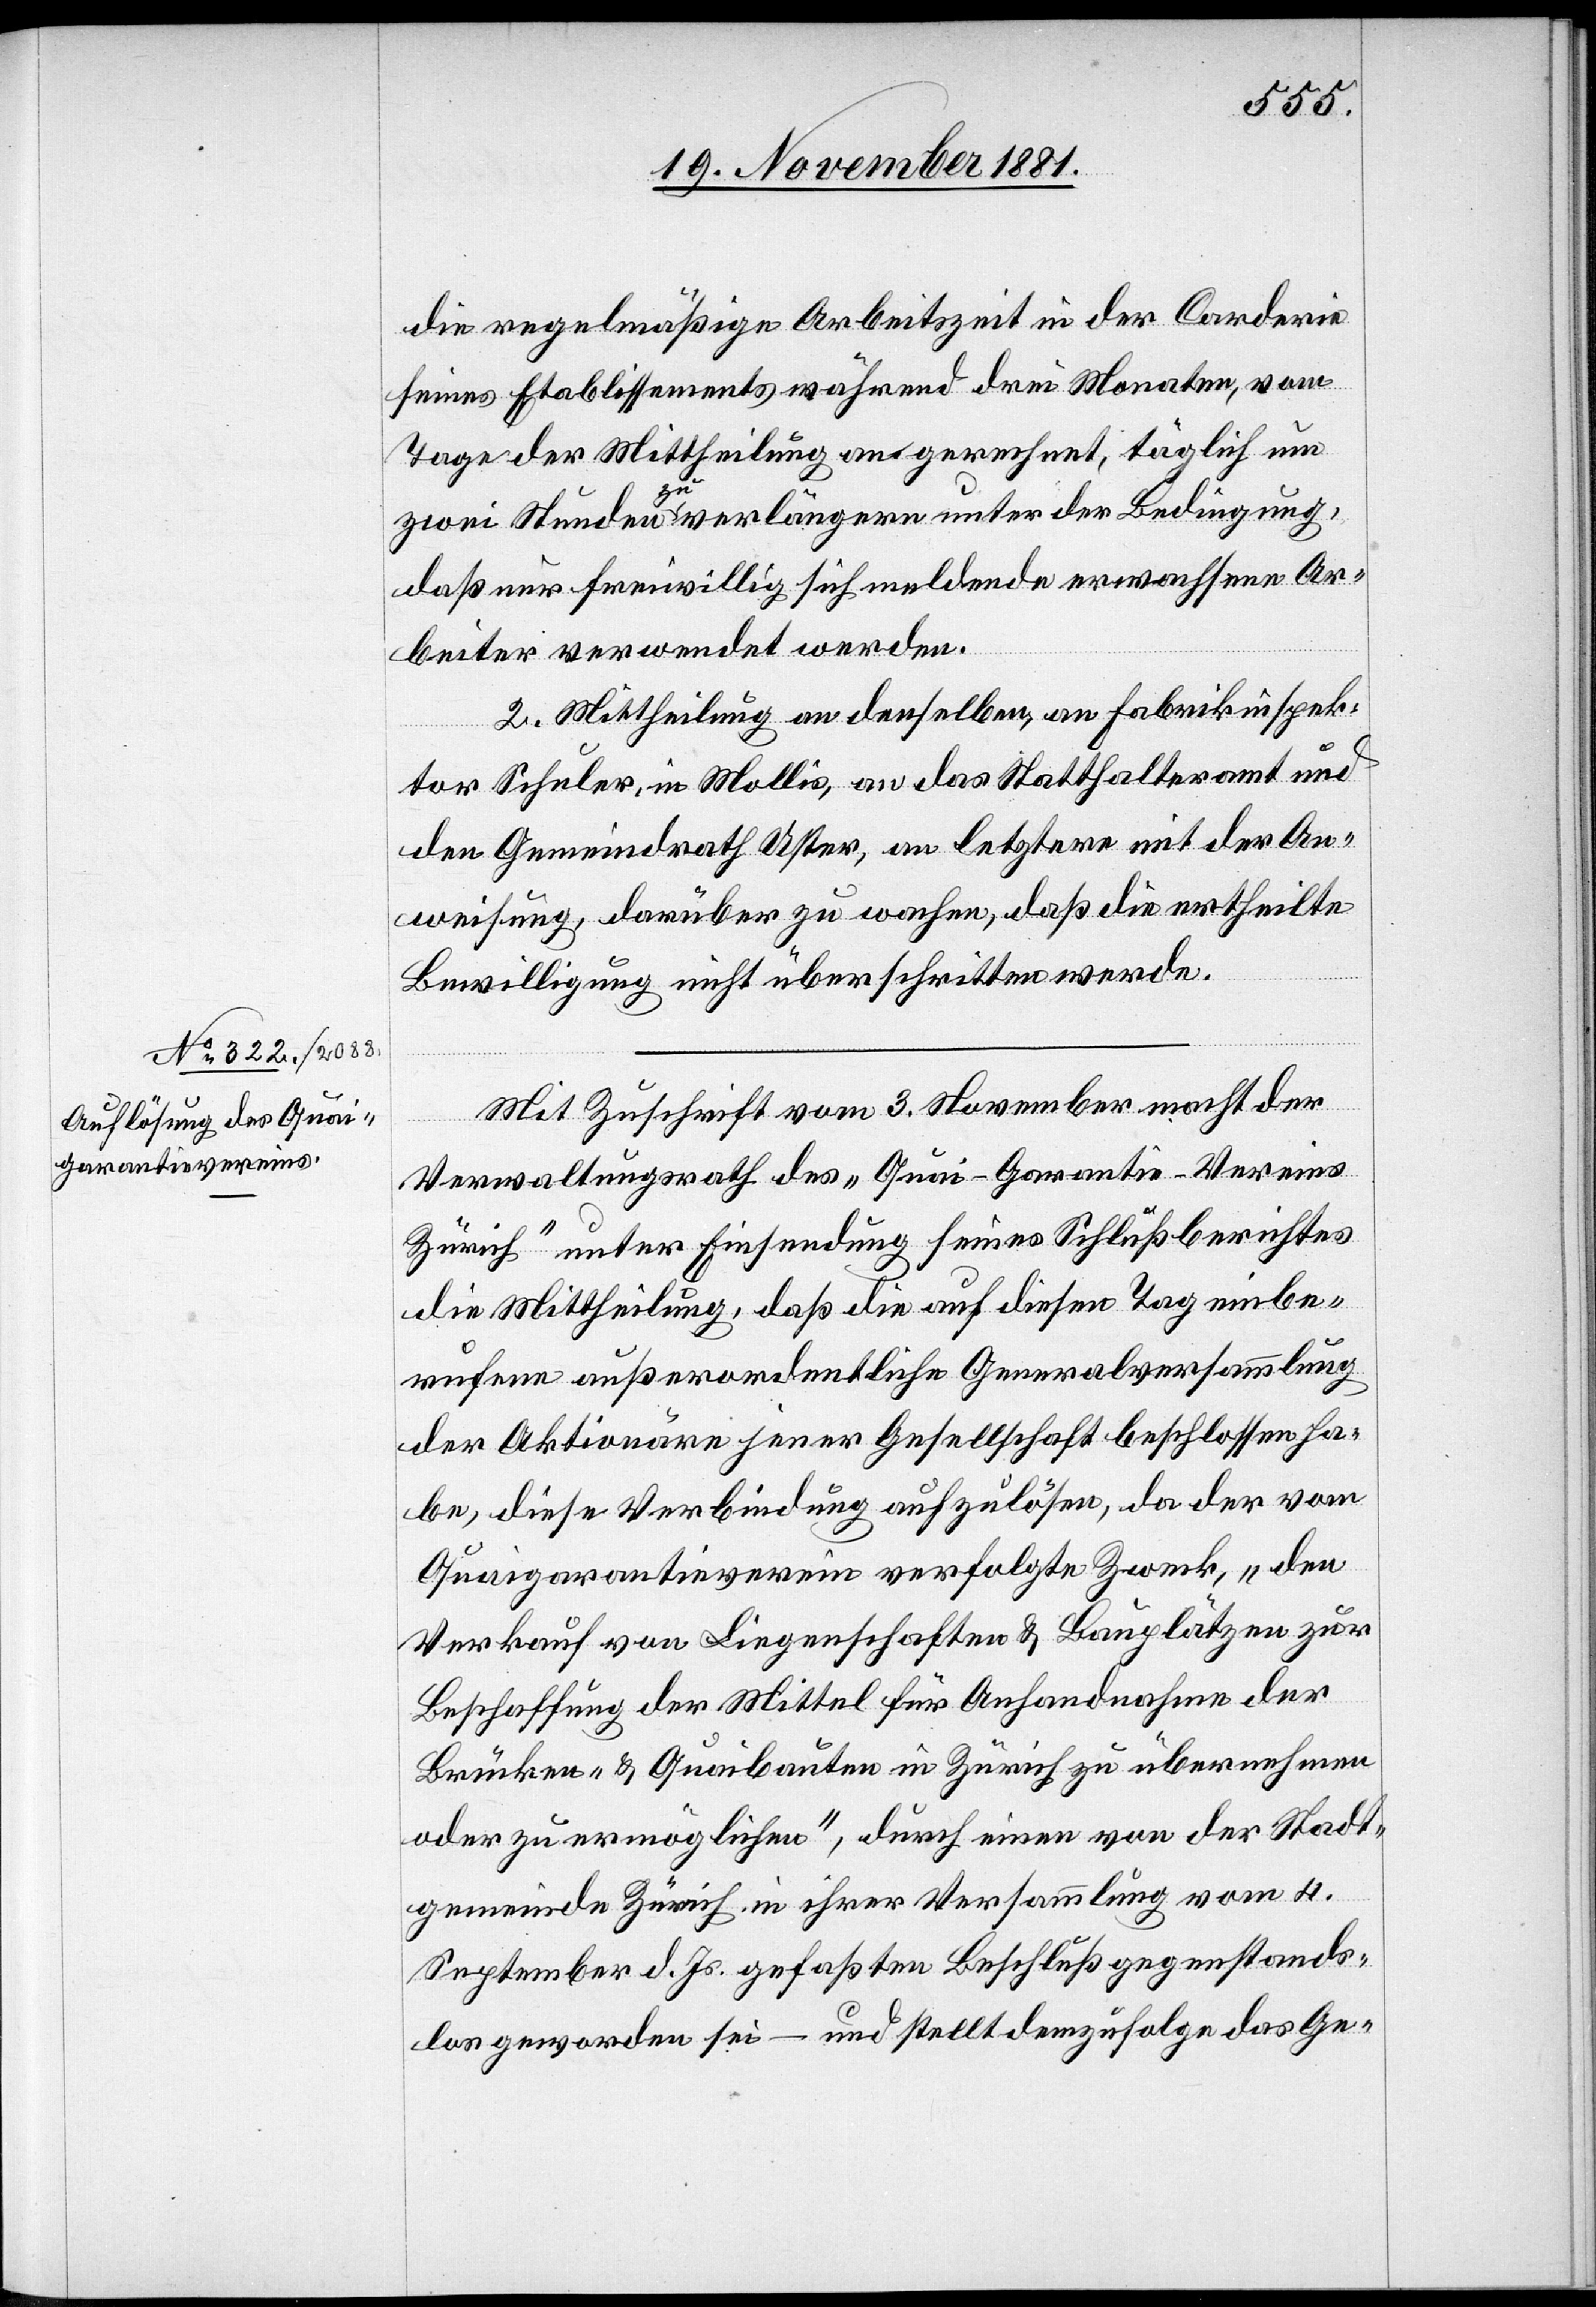
die regelmäßige Arbeitszeit in der Corderie
seines Etablissements während drei Monaten, vom
Tage der Mittheilung an gerechnet, täglich um
zwei Stunden zu verlängern unter der Bedingung,
daß nur freiwillig sich meldende erwachsene Ar¬
beiter verwendet werden.
2. Mittheilung an denselben, an Fabrikinspek¬
tor Schuler, in Mollis, an das Statthalteramt und
den Gemeindrath Uster, an letztere mit der An¬
weisung, darüber zu wachen, daß die ertheilte
Bewilligung nicht überschritten werde.
Mit Zuschrift vom 3. November macht der
Verwaltungsrath des „Quai-Garantie-Vereins
Zürich“ unter Einsendung seines Schlußberichtes
die Mittheilung, daß die auf diesen Tag einbe¬
rufene außerordentliche Generalversammlung
der Aktionäre jener Gesellschaft beschlossen ha¬
be, diese Verbindung aufzulösen, da der vom
Quaigarantieverein verfolgte Zweck, „den
Verkauf von Liegenschaften & Bauplätzen zur
Beschaffung der Mittel für Anhandnahme der
Brücken- & Quaibauten in Zürich zu übernehmen
oder zu ermöglichen“, durch einen von der Stadt¬
gemeinde Zürich in ihrer Versammlung vom 4.
September d. Js. gefaßten Beschluß gegenstands¬
los geworden sei – und stellt demzufolge das Ge-